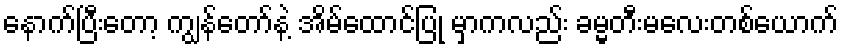
နောက်ပြီးတော့ ကျွန်တော်နဲ့ အိမ်ထောင်ပြု မှာကလည်း ခမ္မတီးမလေးတစ်ယောက်